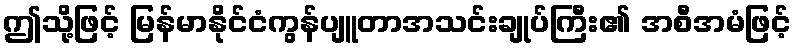
ဤသို့ဖြင့် မြန်မာနိုင်ငံကွန်ပျူတာအသင်းချုပ်ကြီး၏ အစီအမံဖြင့်